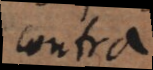
contra.